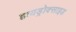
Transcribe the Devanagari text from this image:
हायड्रोक्साइड